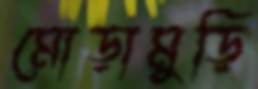
মোড়ামুড়ি